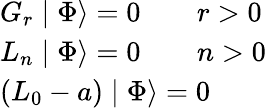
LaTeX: \begin{array}{l}{{G_{r}\mid\Phi\rangle=0\qquad r>0}}\\ {{L_{n}\mid\Phi\rangle=0\qquad n>0}}\\ {{\left(L_{0}-a\right)\mid\Phi\rangle=0}}\end{array}